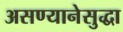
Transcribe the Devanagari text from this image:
असण्यानेसुद्धा